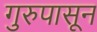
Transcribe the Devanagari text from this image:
गुरुपासून